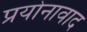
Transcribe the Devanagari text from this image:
प्रयोनावाद